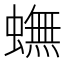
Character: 蟱